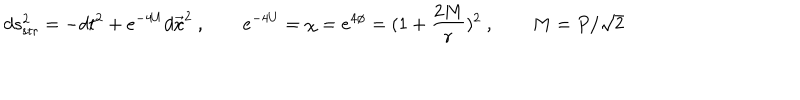
LaTeX: d s _ { \mathrm { s t r } } ^ { 2 } = - d t ^ { 2 } + e ^ { - 4 U } d \vec { x } ^ { 2 } \ , \qquad e ^ { - 4 U } = \chi = e ^ { 4 \phi } = ( 1 + { \frac { 2 M } { r } } ) ^ { 2 } \ , \qquad M = P / \sqrt 2